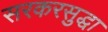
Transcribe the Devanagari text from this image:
सरकरसुद्धा